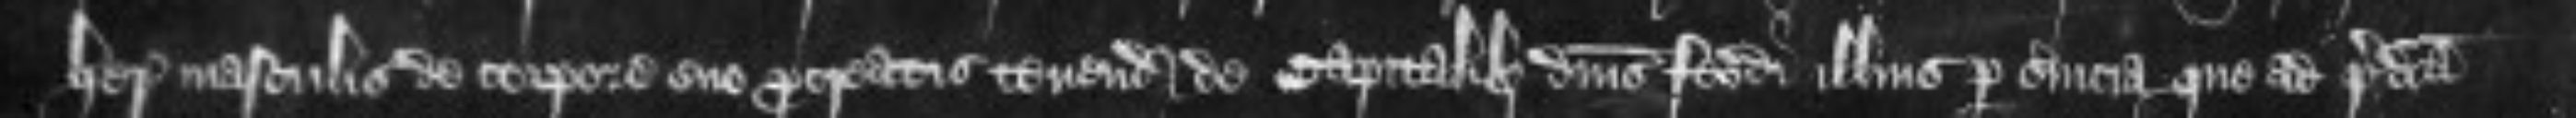
heredibus masculis de corpore suo procreatis tenendo de capitalibus dominis feodi illius per servicia que ad predicta